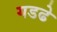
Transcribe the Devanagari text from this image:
गडढे